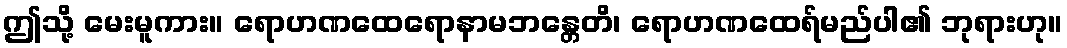
ဤသို့ မေးမူကား။ ရောဟဏထေရောနာမဘန္တေတိ၊ ရောဟဏထေရ်မည်ပါ၏ ဘုရားဟု။